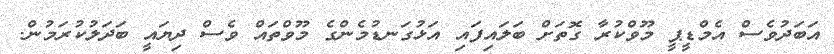
އަބަދުވެސް އެމްޑީޕީ މޫވްކުރާ ގޮތަށް ބަލައިފައި އަޅުގަނޑުމެންގެ މޫވްތައް ވެސް ދިޔައީ ބަދަލުކުރަމުން.